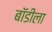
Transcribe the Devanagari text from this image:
बॉडीला